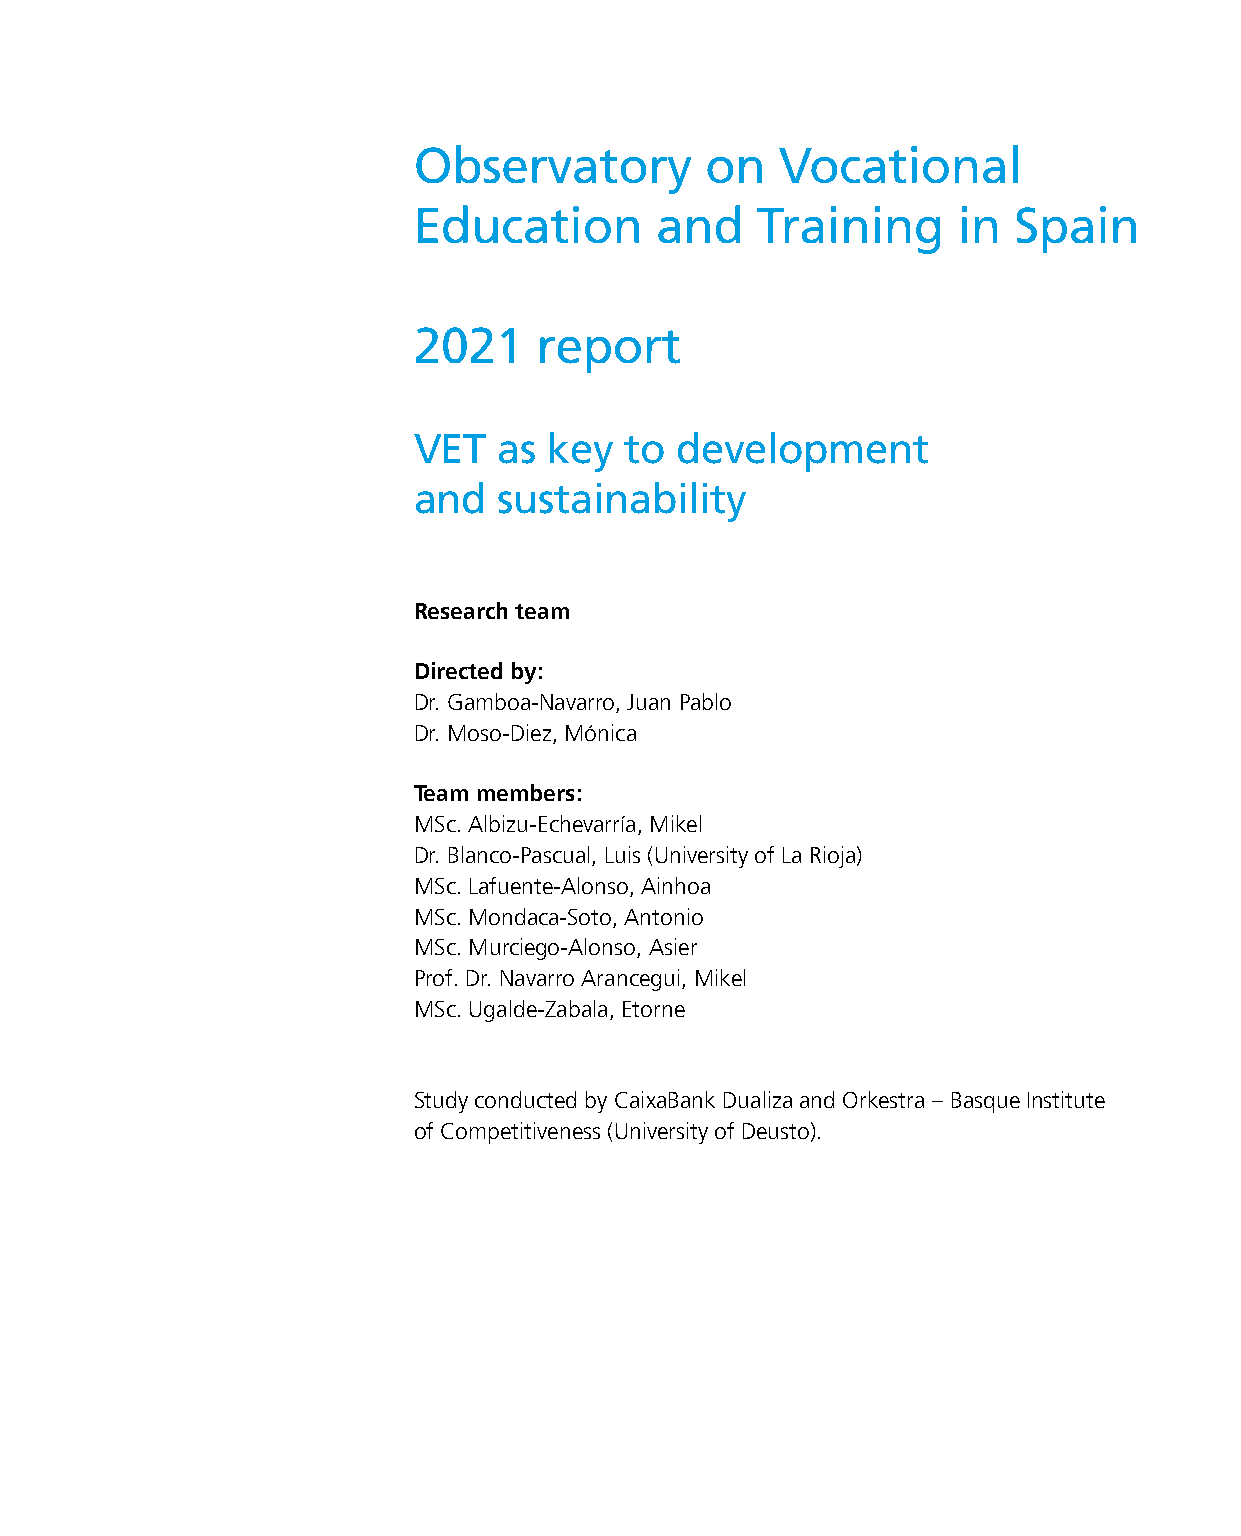
Observatory         on   Vocational
 Education       and    Training     in  Spain
 2021    report
 VET   as key  to  development
 and   sustainability
 Research team
 Directed by:
 Dr. Gamboa-Navarro, Juan Pablo
 Dr. Moso-Diez, Mónica
 Team members:
 MSc. Albizu-Echevarría, Mikel
 Dr. Blanco-Pascual, Luis (University of La Rioja)
 MSc. Lafuente-Alonso, Ainhoa
 MSc. Mondaca-Soto, Antonio
 MSc. Murciego-Alonso, Asier
 Prof. Dr. Navarro Arancegui, Mikel
 MSc. Ugalde-Zabala, Etorne
 Study conducted by CaixaBank Dualiza and Orkestra – Basque Institute
 of Competitiveness (University of Deusto).